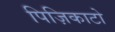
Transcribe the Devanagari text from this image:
पिज़िकाटो